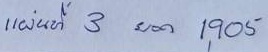
แผ่นที่ 3 ยอด 1,905